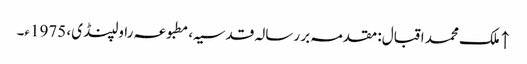
↑ ملک محمد اقبال: مقدمہ بر رسالہ قدسیہ، مطبوعہ راولپنڈی، 1975ء۔